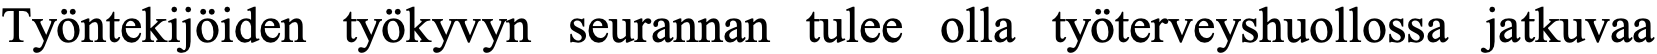
Työntekijöiden työkyvyn seurannan tulee olla työterveyshuollossa jatkuvaa